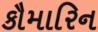
કૌમારિન